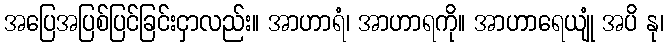
အပြေအပြစ်ပြင်ခြင်းငှာလည်း။ အာဟာရံ၊ အာဟာရကို။ အာဟာရေယျုံ အပိ နု၊